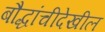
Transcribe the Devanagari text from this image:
बौद्धांचीदेखील